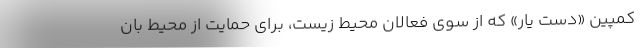
کمپین «دست یار» که از سوی فعالان محیط زیست، برای حمایت از محیط بان